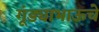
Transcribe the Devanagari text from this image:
गूंड्याभाऊचे